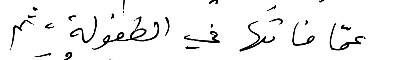
عمّا فاتَها في الطفولة، ثم